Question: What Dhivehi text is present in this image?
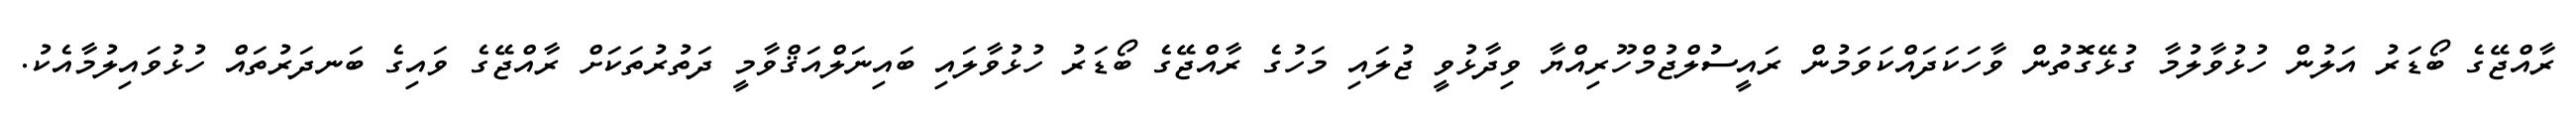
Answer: ރާއްޖޭގެ ބޯޑަރު އަލުން ހުޅުވާލުމާ ގުޅޭގޮތުން ވާހަކަދައްކަވަމުން ރައީސުލްޖުމްހޫރިއްޔާ ވިދާޅުވީ ޖުލައި މަހުގެ ރާއްޖޭގެ ބޯޑަރު ހުޅުވާލައި ބައިނަލްއަޤްވާމީ ދަތުރުތަކަށް ރާއްޖޭގެ ވައިގެ ބަނދަރުތައް ހުޅުވައިލުމާއެކު.